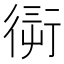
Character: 𧗭